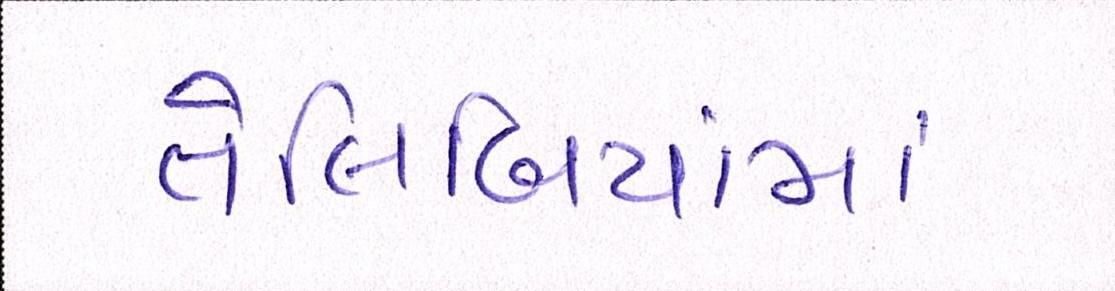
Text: તેલિબિયાંમાં